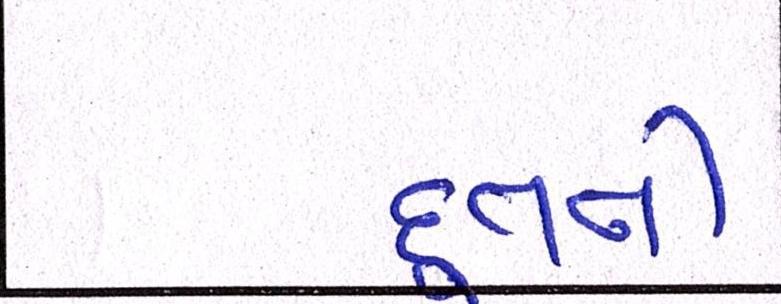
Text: દૂતની